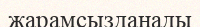
жарамсызданады